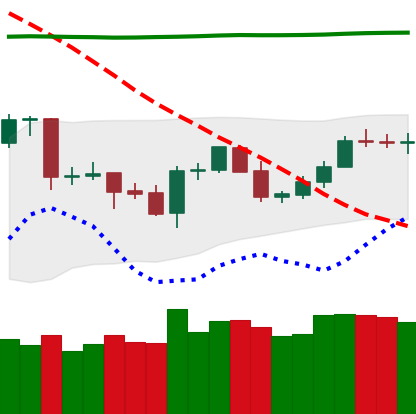
Ticker: LTC-USD
Chart end date: 2020-04-27
Forward return: 10.62%
Label: up_7plus